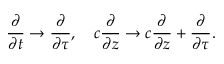
\frac { \partial } { \partial t } \to \frac { \partial } { \partial \tau } , \quad c \frac { \partial } { \partial z } \to c \frac { \partial } { \partial z } + \frac { \partial } { \partial \tau } .